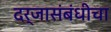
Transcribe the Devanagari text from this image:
दर्जासंबंधीचा